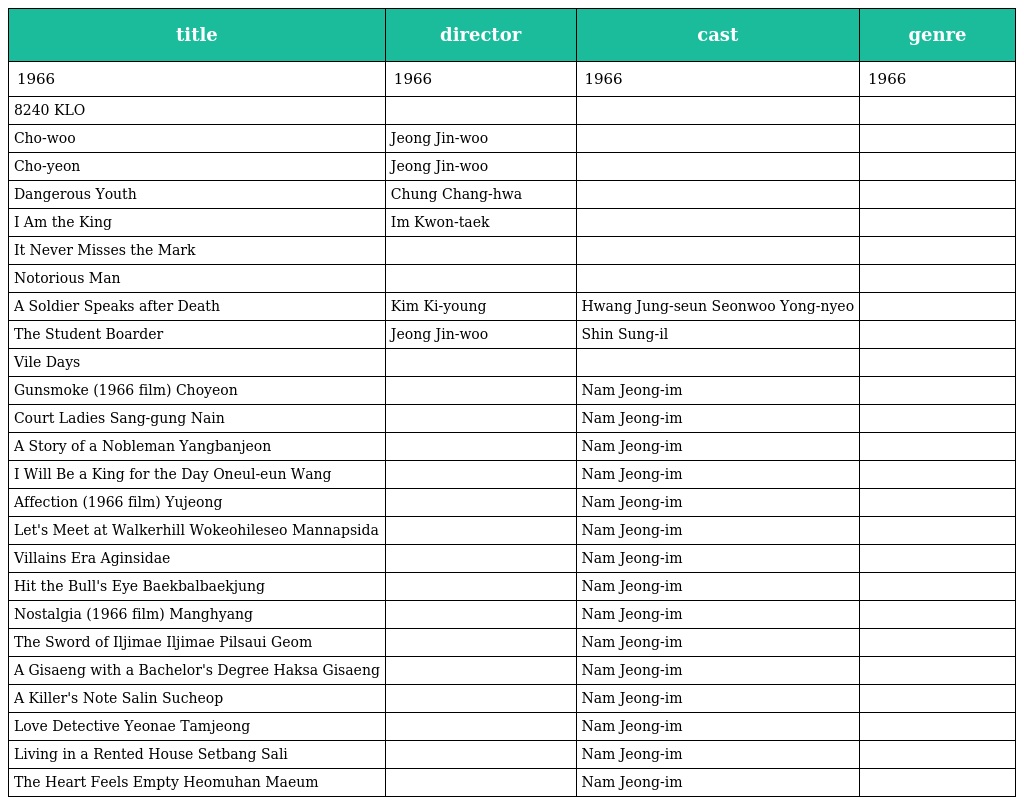
| title | director | cast | genre |
 | --- | --- | --- | --- |
 | 1966 | 1966 | 1966 | 1966 |
 | 8240 KLO |  |  |  |
 | Cho-woo | Jeong Jin-woo |  |  |
 | Cho-yeon | Jeong Jin-woo |  |  |
 | Dangerous Youth | Chung Chang-hwa |  |  |
 | I Am the King | Im Kwon-taek |  |  |
 | It Never Misses the Mark |  |  |  |
 | Notorious Man |  |  |  |
 | A Soldier Speaks after Death | Kim Ki-young | Hwang Jung-seun Seonwoo Yong-nyeo |  |
 | The Student Boarder | Jeong Jin-woo | Shin Sung-il |  |
 | Vile Days |  |  |  |
 | Gunsmoke (1966 film) Choyeon |  | Nam Jeong-im |  |
 | Court Ladies Sang-gung Nain |  | Nam Jeong-im |  |
 | A Story of a Nobleman Yangbanjeon |  | Nam Jeong-im |  |
 | I Will Be a King for the Day Oneul-eun Wang |  | Nam Jeong-im |  |
 | Affection (1966 film) Yujeong |  | Nam Jeong-im |  |
 | Let's Meet at Walkerhill Wokeohileseo Mannapsida |  | Nam Jeong-im |  |
 | Villains Era Aginsidae |  | Nam Jeong-im |  |
 | Hit the Bull's Eye Baekbalbaekjung |  | Nam Jeong-im |  |
 | Nostalgia (1966 film) Manghyang |  | Nam Jeong-im |  |
 | The Sword of Iljimae Iljimae Pilsaui Geom |  | Nam Jeong-im |  |
 | A Gisaeng with a Bachelor's Degree Haksa Gisaeng |  | Nam Jeong-im |  |
 | A Killer's Note Salin Sucheop |  | Nam Jeong-im |  |
 | Love Detective Yeonae Tamjeong |  | Nam Jeong-im |  |
 | Living in a Rented House Setbang Sali |  | Nam Jeong-im |  |
 | The Heart Feels Empty Heomuhan Maeum |  | Nam Jeong-im |  |